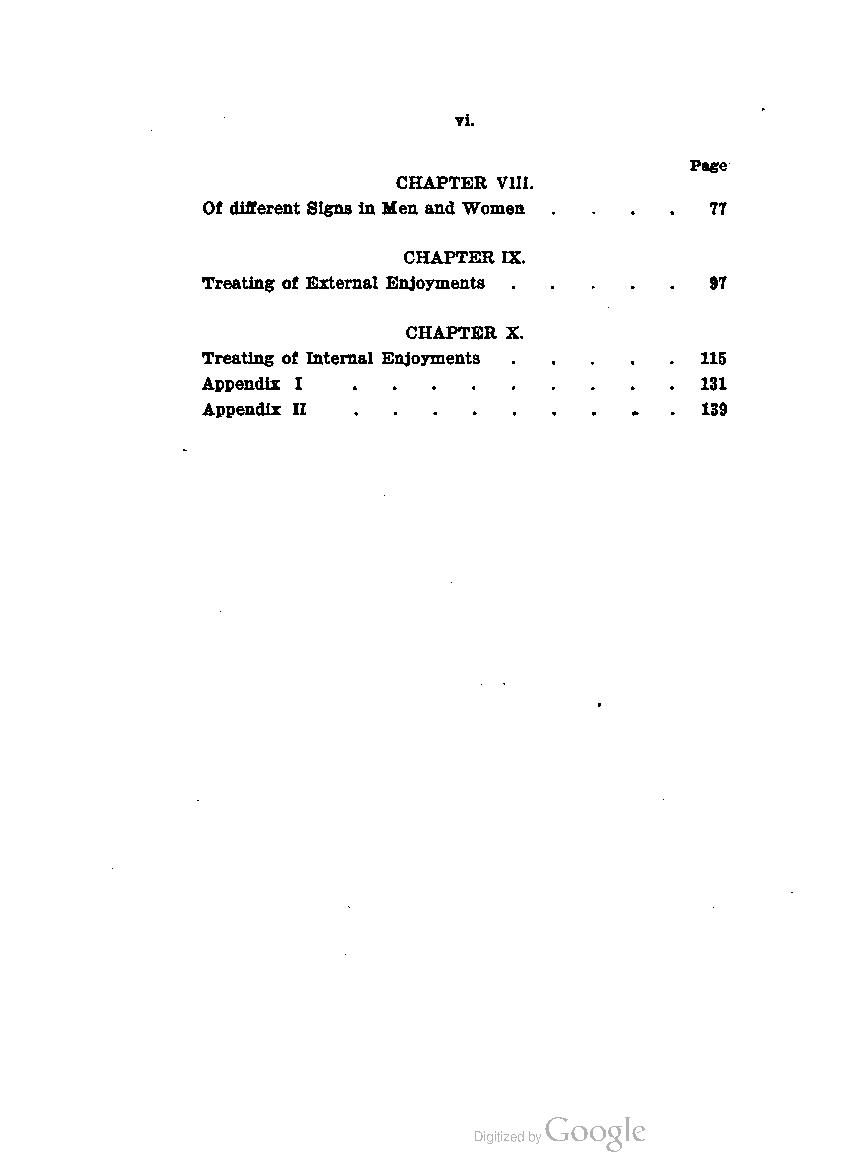
tL
 Page
 CHAPTER VIII.
 Of different Signs in Men and Women .... 77
 CHAPTER IX.
 Treating of External Enjoyments   97
 CHAPTER X.
 Treating of Internal Enjoyments  115
 Appendix I                       131
 Appendix II                      139